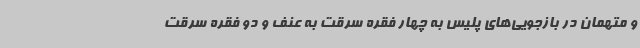
و متهمان در بازجویی‌های پلیس به چهار فقره سرقت به عنف و دو فقره سرقت